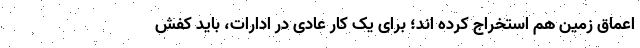
اعماق زمین هم استخراج کرده اند؛ برای یک کار عادی در ادارات، باید کفش